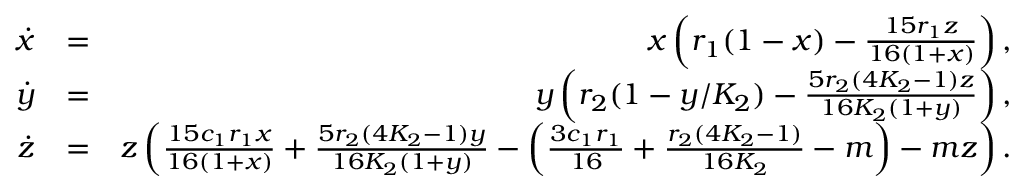
\begin{array} { r l r } { \dot { x } } & { = } & { x \left( r _ { 1 } ( 1 - x ) - \frac { 1 5 r _ { 1 } z } { 1 6 ( 1 + x ) } \right) , } \\ { \dot { y } } & { = } & { y \left( r _ { 2 } ( 1 - y / K _ { 2 } ) - \frac { 5 r _ { 2 } ( 4 K _ { 2 } - 1 ) z } { 1 6 K _ { 2 } ( 1 + y ) } \right) , } \\ { \dot { z } } & { = } & { z \left( \frac { 1 5 c _ { 1 } r _ { 1 } x } { 1 6 ( 1 + x ) } + \frac { 5 r _ { 2 } ( 4 K _ { 2 } - 1 ) y } { 1 6 K _ { 2 } ( 1 + y ) } - \left( \frac { 3 c _ { 1 } r _ { 1 } } { 1 6 } + \frac { r _ { 2 } ( 4 K _ { 2 } - 1 ) } { 1 6 K _ { 2 } } - m \right) - m z \right) . } \end{array}